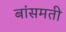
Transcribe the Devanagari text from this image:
बांसमती